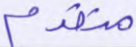
متقدم